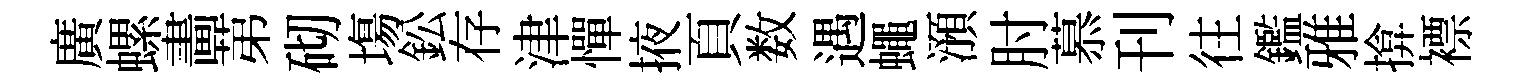
廣螺畵苐砌塲鈆存津憚掖頁数遇蠅澦肘慕刊往鑑雅揜褾